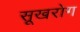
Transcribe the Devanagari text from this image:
सूखरोग